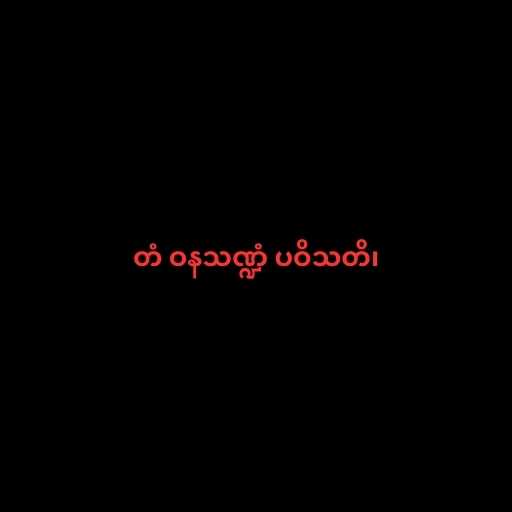
တံ ဝနသဏ္ဍံ ပဝိသတိ၊